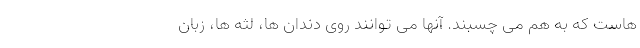
هاست که به هم می چسبند. آنها می توانند روی دندان ها، لثه ها، زبان